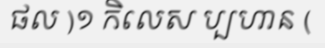
ផល )១ កិលេស ប្បហាន (